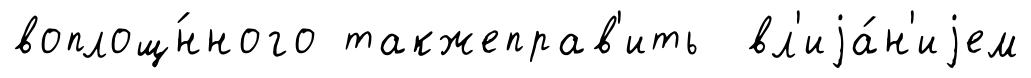
воплощ́нного такжеправ'ить вл'иjа́н'иjем